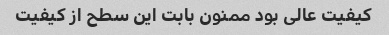
کیفیت عالی بود ممنون بابت این سطح از کیفیت